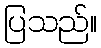
ပြသည်။